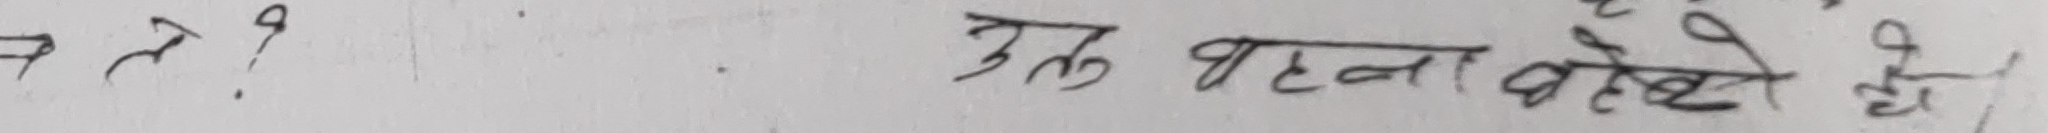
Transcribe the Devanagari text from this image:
७? एक बहन बोल्छे।